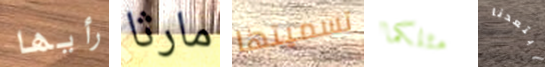
رأيها مارثا تسميتها مثلكما ابتعدنا